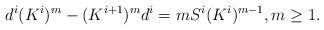
LaTeX: \begin{align*}d^i(K^i)^{m}-(K^{i+1})^{m}d^i=mS^i(K^i)^{m-1}, m\geq 1.\end{align*}